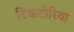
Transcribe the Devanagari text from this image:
टिंकटोरिया